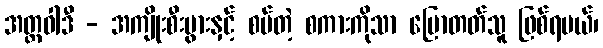
အတ္ထဝါဒီ - အကျိုးစီးပွားနှင့် စပ်တဲ့ စကားကိုသာ ပြောတတ်သူ ဖြစ်ရမယ်၊